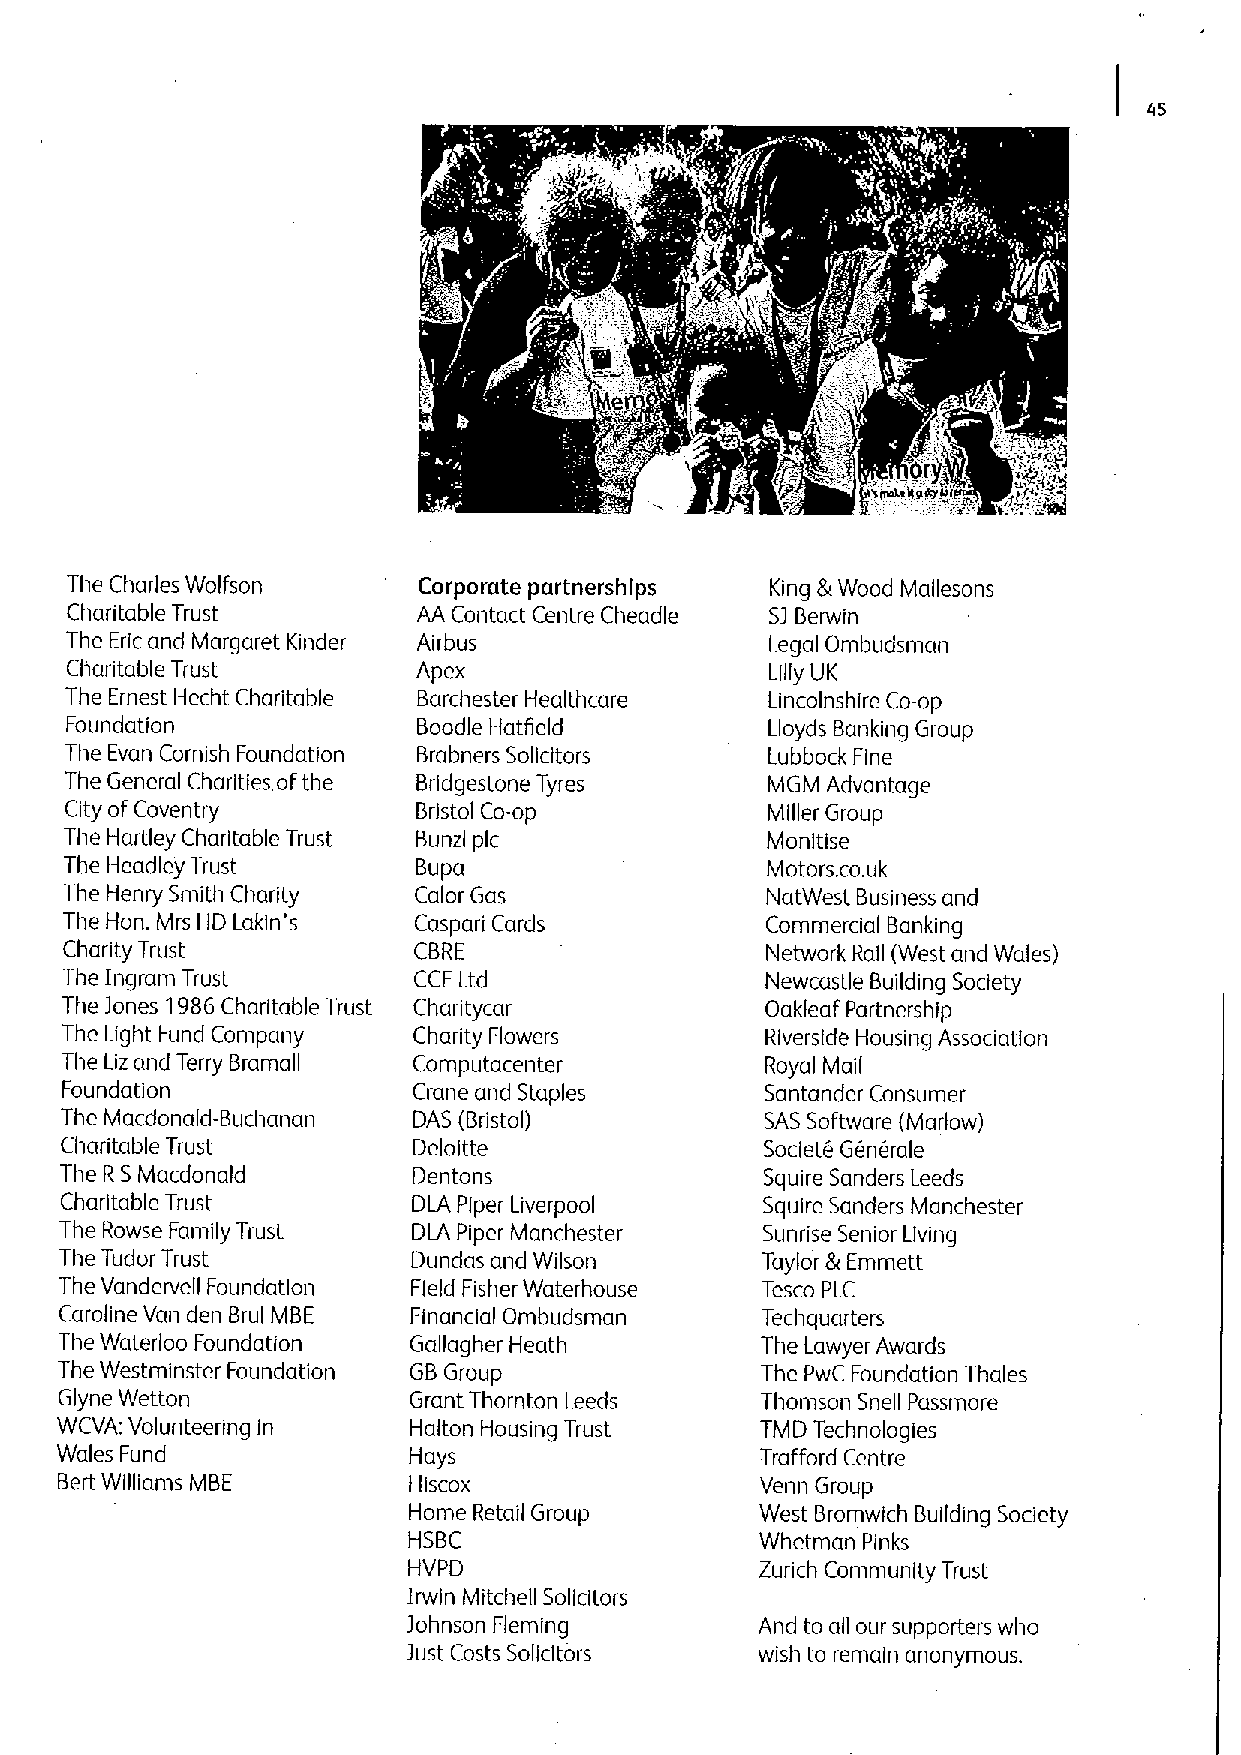
e
 The Charles Wolfson     Corporate partnershlps King &Wood Mallesons
 Charitable Trust        AA Contact Centre Cheadle SJ Berwin
 The Eric and Margaret Kinder Airbus            Legal Ombudsman
 Charitable Trust        Apex                   Lilly UK
 The Ernest Hecht Charitable Barchester Healthcare Lincolnshire Co-op
 Foundation              Boodle Hatfield        Lloyds Banking Group
 The Evan Cornish Foundation Brabners Solicitors Lubbock Fine
 The General Charities ofthe Brldgestone Tyres  MGM Advantage
 City ofCoventry         Bristol Co-op          Miller Group
 The Hartley Charitable Trust Bunzl pic         Monitise
 The Headley Trust       Bupa                   Motors.co.uk
 The Henry Smith Charity Calor Gas              NatWest Business and
 The Hon. Mrs HD Lakin's Caspari Cards          Commercial Banking
 Charity Trust          CBRE                    Network Rail (West and Wales)
 The Ingram Trust       CCF Ltcl                Newcastle Building Society
 The Jones 1986Charitable Trust Charitycar      Oakleaf Partnership
 The Light Fund Company Charity Flowers         Riverside Housing Association
 The Liz and Terry Bramall Computacenter        Royal Mail
 Foundation             Crane and Staples       Santander Consumer
 The Macdonald-Buchanan DAS (Bristol)           SAS Software (Marlow)
 Charitable Trust       Deloitte                Societe Generale
 The R SMacdonald       Dentons                 Squire Sanders Leeds
 Charitable Trust       DLA Piper Liverpool    Squire Sanders Manchester
 The Rowse Family Trust Di A Piper Manchester  Sunrise Senior Living
 The Tudor Trust        Dundas and Wilson      Taylor &Emmett
 The Vandervell Foundation Field Fisher Waterhouse Tesco PLC
 Caroline Van den Brul MBE Financial Ombudsman Techquarters
 The Waterloo Foundation Gallagher Heath       The Lawyer Awards
 The Westminster Foundation GBGroup            The PwC Foundation Thales
 Glyne Wetton           Grant Thornton Leeds   Thomson Snell Passmore
 WCVA; Volunteering in  Halton Housing Trust   TMD Technologies
 Wales Fund             Hays                   Trafford Centre
 Bert Williams MBE      Hiscox                 Venn Group
 Home Retail Group      West Bromwich Building Society
 HSBC                   Whetman Pinks
 HVPD                   Zurich Community Trust
 Irwin Mitchell Solicitors
 Johnson Fleming        And to all our supporters who
 Just Costs Solicitors  wish to remain anonymous.